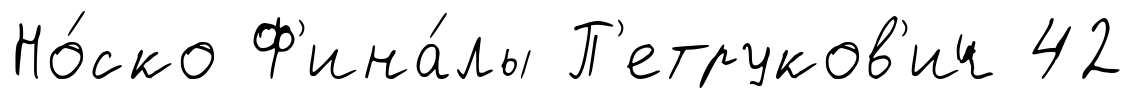
Но́ско Ф'ина́лы П'етруков'ич 42